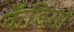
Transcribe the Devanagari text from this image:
कँडिगो